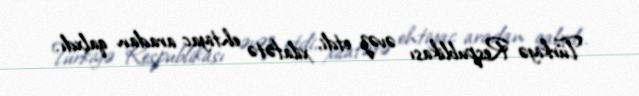
Türkiyə Respublikası əvəz etdi, xilafətə ehtiyac aradan qalxdı.